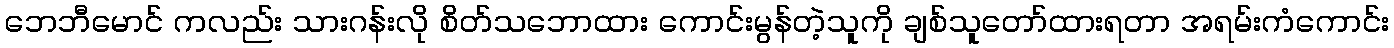
ဘေဘီမောင် ကလည်း သားဂန်းလို စိတ်သဘောထား ကောင်းမွန်တဲ့သူကို ချစ်သူတော်ထားရတာ အရမ်းကံကောင်း